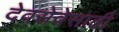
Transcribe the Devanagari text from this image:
देवसेवेसाठी